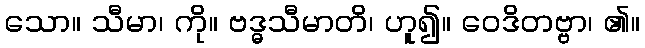
သော။ သီမာ၊ ကို။ ဗဒ္ဓသီမာတိ၊ ဟူ၍။ ဝေဒိတဗ္ဗာ၊ ၏။